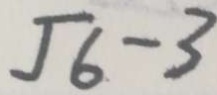
\sqrt { 6 } - 3